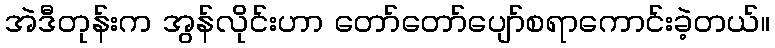
အဲဒီတုန်းက အွန်လိုင်းဟာ တော်တော်ပျော်စရာကောင်းခဲ့တယ်။